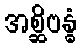
အစ္ဆိဗန္ဓံ